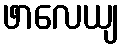
ဖာလေယျ